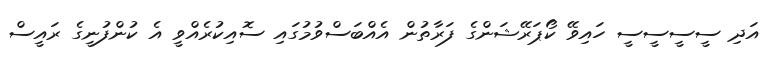
އަދި ސީސީސީސީ ހައިވޭ ކޯޕަރޭޝަންގެ ފަރާތުން އެއްބަސްވުމުގައި ސޮއިކުރެއްވީ އެ ކުންފުނީގެ ރައީސް